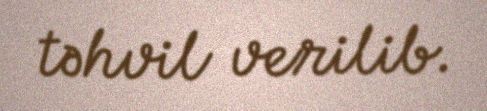
təhvil verilib.